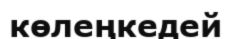
көлеңкедей